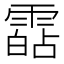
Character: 𩄷